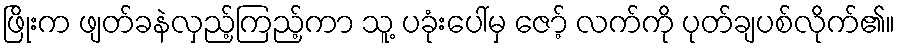
ဖြိုးက ဖျတ်ခနဲလှည့်ကြည့်ကာ သူ့ ပခုံးပေါ်မှ ဇော့် လက်ကို ပုတ်ချပစ်လိုက်၏။